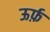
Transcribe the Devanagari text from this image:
ऊर्फ़